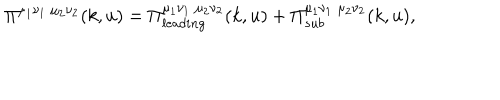
\Pi ^ { \mu _ { 1 } \nu _ { 1 } \; \mu _ { 2 } \nu _ { 2 } } ( k , u ) = \Pi _ { l e a d i n g } ^ { \mu _ { 1 } \nu _ { 1 } \; \mu _ { 2 } \nu _ { 2 } } ( k , u ) + \Pi _ { s u b } ^ { \mu _ { 1 } \nu _ { 1 } \; \mu _ { 2 } \nu _ { 2 } } ( k , u ) ,